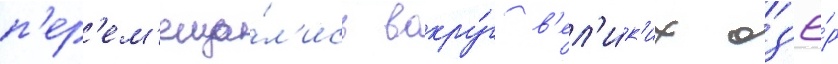
п'ер'ем'еща́л'ись вокру́г в'ел'и́к'их оз'ё́р